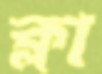
ক্লা